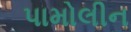
પામોલીન